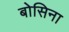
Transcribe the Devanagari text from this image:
बोसिना